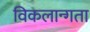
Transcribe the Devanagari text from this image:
विकलान्गता